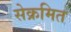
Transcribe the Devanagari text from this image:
सेक्रमित